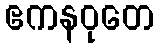
ဧကနဝုတေ